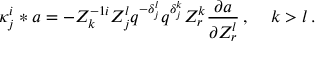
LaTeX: { \kappa } _ { j } ^ { i } \ast a = - Z _ { k } ^ { - 1 i } Z _ { j } ^ { l } q ^ { - { \delta } _ { j } ^ { l } } q ^ { { \delta } _ { j } ^ { k } } Z _ { r } ^ { k } { \frac { \partial a } { \partial { Z _ { r } ^ { l } } } } \, , \quad \, k > l \, .